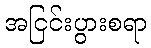
အငြင်းပွားစရာ